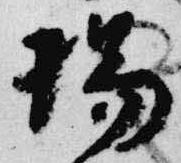
揚